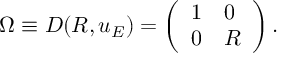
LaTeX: \Omega \equiv D ( R , u _ { E } ) = \left( \begin{array} { l l } { { 1 } } & { { 0 } } \\ { { 0 } } & { { R } } \end{array} \right) .